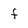
Character: f